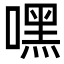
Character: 嘿